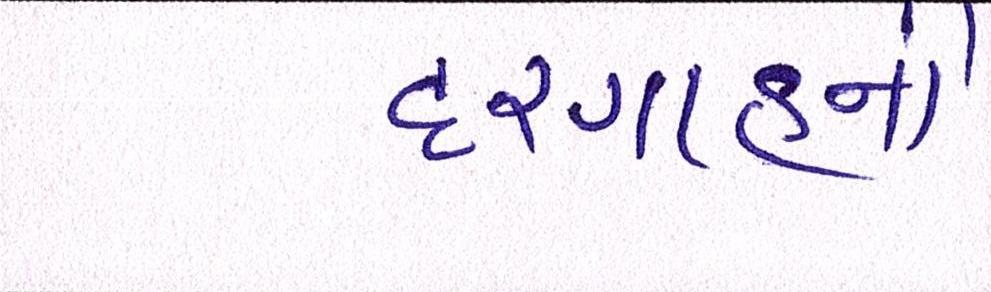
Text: દરગાહની